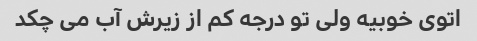
اتوی خوبیه ولی تو درجه کم از زیرش آب می چکد